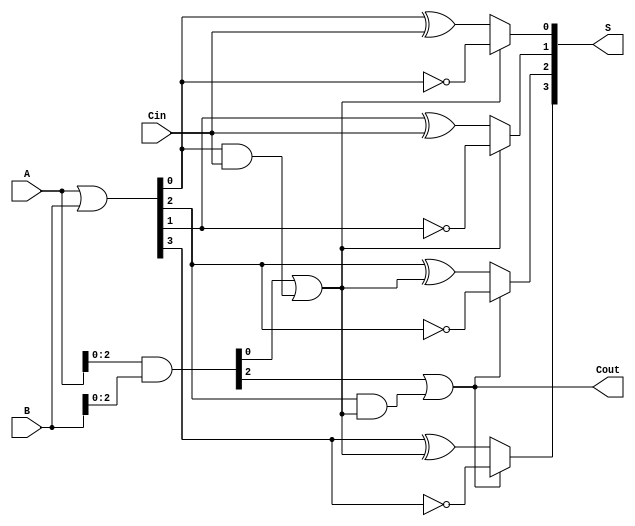
module CSPA_4bit (
    input [3:0] A,        // 4-bit input A
    input [3:0] B,        // 4-bit input B
    input Cin,            // Carry-in
    output [3:0] S,       // 4-bit sum output
    output Cout           // Carry-out
);

    // Internal signals
    wire [3:0] G;         // Generate signals
    wire [3:0] P;         // Propagate signals
    wire C1, C2;          // Carry for segments
    wire [3:0] S0, S1;    // Sum with Cin = 0 and Cin = 1

    // Generate and Propagate calculations
    assign G = A & B;      // Generate
    assign P = A | B;      // Propagate

    // Carry computation for each segment
    // Segment 1 (bits 0 and 1)
    assign C1 = G[0] | (P[0] & Cin); // Carry out for first segment
    // Segment 2 (bits 2 and 3)
    assign C2 = G[2] | (P[2] & C1); // Carry out for second segment

    // Sum calculations assuming Cin = 0 and Cin = 1
    assign S0[0] = P[0] ^ Cin;       // S0 for first segment
    assign S0[1] = P[1] ^ Cin;       // S0 for first segment
    assign S1[0] = P[0] ^ 1'b1;       // S1 for first segment
    assign S1[1] = P[1] ^ 1'b1;       // S1 for first segment

    // Select sum based on C1
    assign S[0] = C1 ? S1[0] : S0[0];
    assign S[1] = C1 ? S1[1] : S0[1];

    // Final sum calculations for second segment
    assign S0[2] = P[2] ^ C1;       // S0 for second segment
    assign S0[3] = P[3] ^ C1;       // S0 for second segment
    assign S1[2] = P[2] ^ 1'b1;      // S1 for second segment
    assign S1[3] = P[3] ^ 1'b1;      // S1 for second segment

    // Select sum based on C2
    assign S[2] = C2 ? S1[2] : S0[2];
    assign S[3] = C2 ? S1[3] : S0[3];

    // Final carry-out
    assign Cout = C2;

endmodule